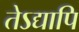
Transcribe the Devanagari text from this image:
तेऽद्यापि